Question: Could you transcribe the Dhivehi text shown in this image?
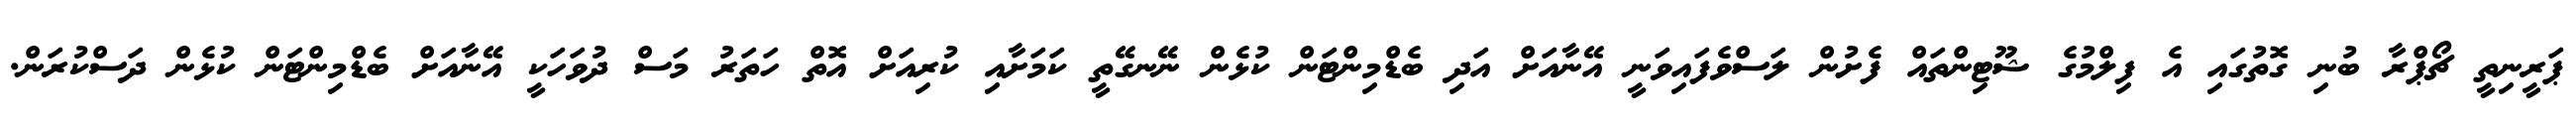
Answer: ޕަރީނިތީ ޗޯޕްރާ ބުނި ގޮތުގައި އެ ފިލްމުގެ ޝޫޓިންތައް ފެށުން ލަސްވެފައިވަނީ އޭނާއަށް އަދި ބެޑްމިންޓަން ކުޅެން ނޭނގޭތީ ކަމަށާއި ކުރިއަށް އޮތް ހަތަރު މަސް ދުވަހަކީ އޭނާއަށް ބެޑްމިންޓަން ކުޅެން ދަސްކުރަން.